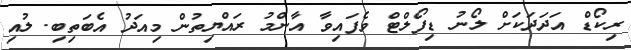
ރިކޯޑް އަދަދަކަށް ލޯނު ޑިފޯލްޓް ވެފައިވާ އާންމު ރައްޔިތުން މިއަދު އެބަތިބި. ލުއި